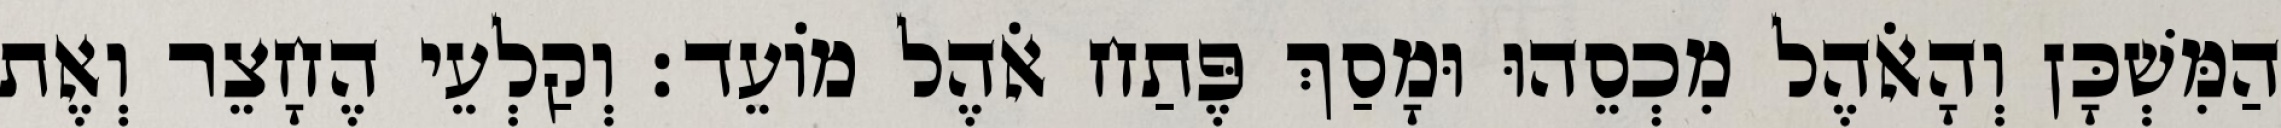
הַמִּשְׁכָּן וְהָאֹהֶל מִכְסֵהוּ וּמָסַךְ פֶּתַח אֹהֶל מוֹעֵד׃ וְקַלְעֵי הֶחָצֵר וְאֶת